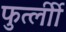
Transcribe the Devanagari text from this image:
फुर्त्लीी